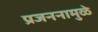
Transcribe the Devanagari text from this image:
प्रजननामुळे